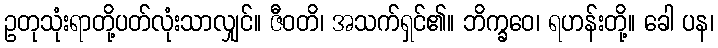
ဥတုသုံးရာတို့ပတ်လုံးသာလျှင်။ ဇီဝတိ၊ အသက်ရှင်၏။ ဘိက္ခဝေ၊ ရဟန်းတို့။ ခေါ ပန၊